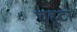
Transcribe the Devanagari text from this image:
चहूटा